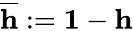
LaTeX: \overline{{{\mathbf h}}}:={\mathbf 1}-{\mathbf h}